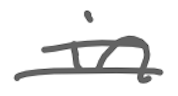
Text: in
Cross-out: double-line
Writing tool: digital_gray